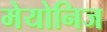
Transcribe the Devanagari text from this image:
मेयोनिज